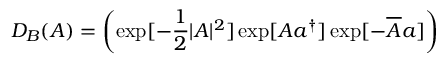
D _ { B } ( A ) = \left( \exp [ - \frac { 1 } { 2 } | A | ^ { 2 } ] \exp [ A a ^ { \dagger } ] \exp [ - \overline { { { A } } } a ] \right)